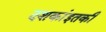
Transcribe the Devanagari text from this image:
दशकांइतकी